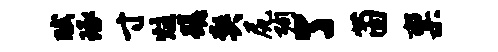
赋琢寸炷蹉契尻殉了茵禀